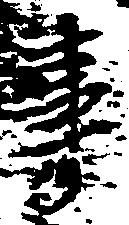
事